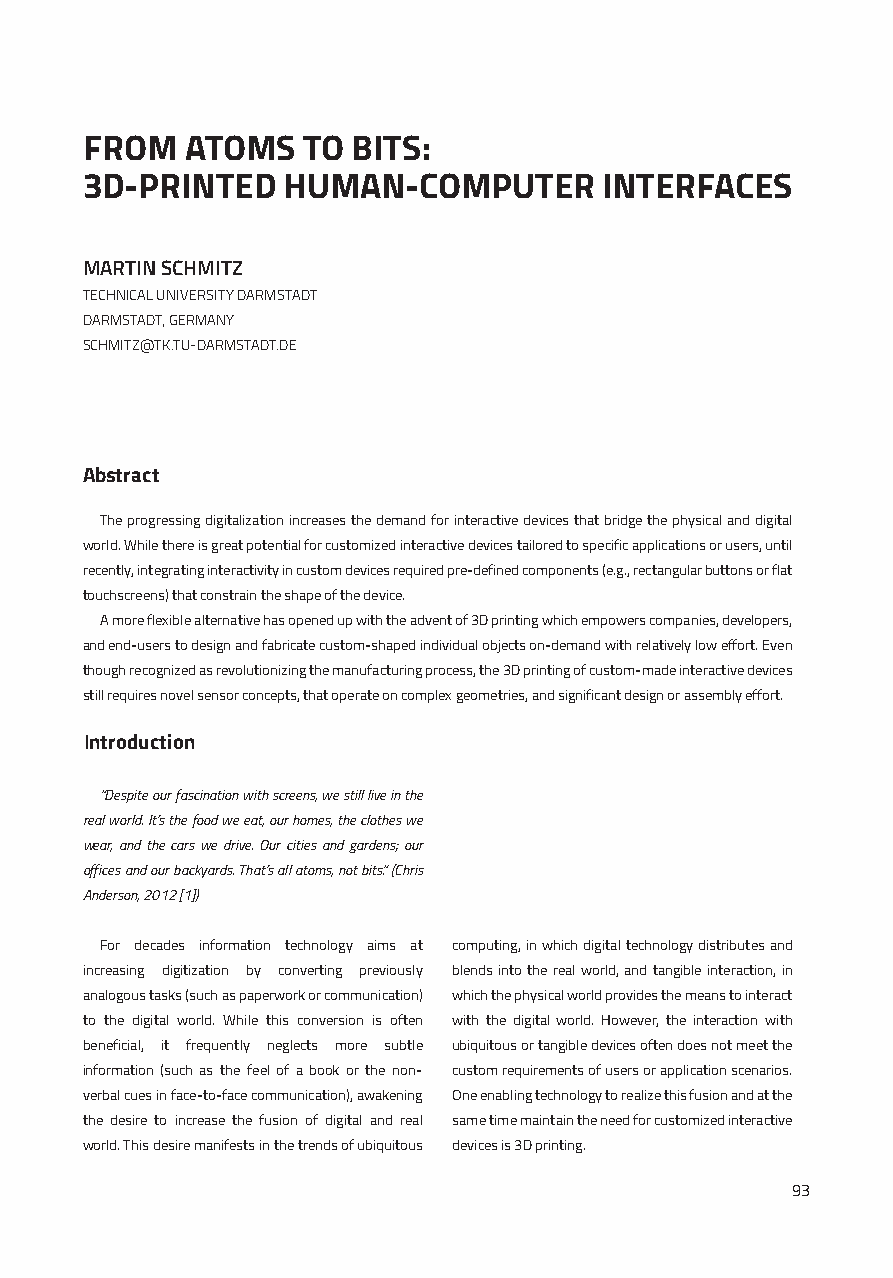
FROM   ATOMS   TO BITS:
 3D-PRINTED    HUMAN-COMPUTER       INTERFACES
 MARTIN SCHMITZ
 TECHNICAL UNIVERSITY DARMSTADT
 DARMSTADT, GERMANY
 SCHMITZ@TK.TU-DARMSTADT.DE
 Abstract
 The progressing digitalization increases the demand for interactive devices that bridge the physical and digital
 world. While there is great potential for customized interactive devices tailored to specific applications or users, until
 recently, integrating interactivity in custom devices required pre-defined components (e.g., rectangular buttons or flat
 touchscreens) that constrain the shape of the device.
 A more flexible alternative has opened up with the advent of 3D printing which empowers companies, developers,
 and end-users to design and fabricate custom-shaped individual objects on-demand with relatively low effort. Even
 though recognized as revolutionizing the manufacturing process, the 3D printing of custom-made interactive devices
 still requires novel sensor concepts, that operate on complex geometries, and significant design or assembly effort.
 Introduction
 “Despite our fascination with screens, we still live in the
 real world. It‘s the food we eat, our homes, the clothes we
 wear, and the cars we drive. Our cities and gardens; our
 offices and our backyards. That‘s all atoms, not bits.“ (Chris
 Anderson, 2012 [1])
 For decades information technology aims at computing, in which digital technology distributes and
 increasing digitization by converting previously blends into the real world, and tangible interaction, in
 analogous tasks (such as paperwork or communication) which the physical world provides the means to interact
 to the digital world. While this conversion is often with the digital world. However, the interaction with
 beneficial, it frequently neglects more subtle ubiquitous or tangible devices often does not meet the
 information (such as the feel of a book or the non- custom requirements of users or application scenarios.
 verbal cues in face-to-face communication), awakening One enabling technology to realize this fusion and at the
 the desire to increase the fusion of digital and real same time maintain the need for customized interactive
 world. This desire manifests in the trends of ubiquitous devices is 3D printing.
 93